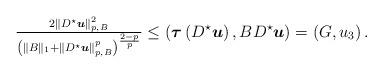
LaTeX: \begin{align*}\tfrac{2\left\|D^\star{ \boldsymbol u}\right\|_{p,B}^2}{\left(\|B\|_1+\left\|D^\star{ \boldsymbol u}\right\|_{p,B}^{p}\right)^{\frac{2-p}{p}}}\leq \left({\boldsymbol\tau }\left(D^\star{ \boldsymbol u}\right),BD^\star{ \boldsymbol u}\right)=\left(G,u_3\right).\end{align*}